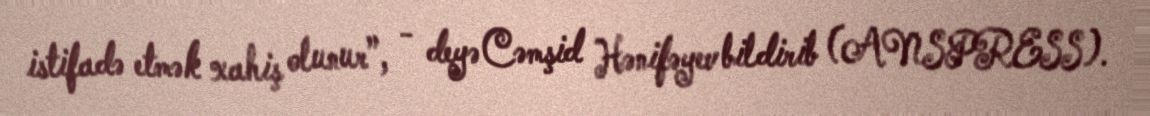
istifadə etmək xahiş olunur”, - deyə Cəmşid Hənifəyev bildirib (ANSPRESS).